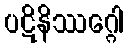
ပဋိနိဿဂ္ဂေါ